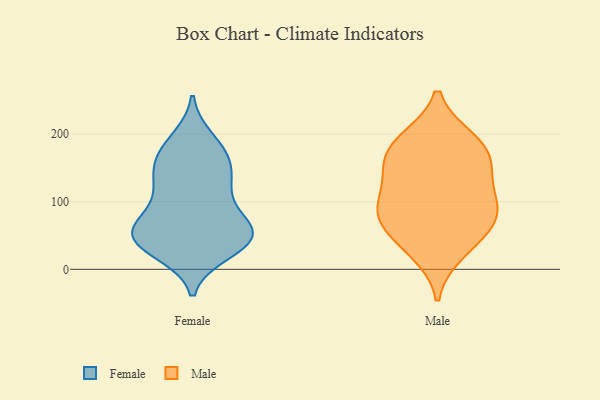
{"axis": {"x": "Satisfaction Score", "y": "Value"}, "legend": ["Female", "Male"], "data": [{"x": "", "y": 50, "type": "Female"}, {"x": "", "y": 62, "type": "Female"}, {"x": "", "y": 159, "type": "Female"}, {"x": "", "y": 27, "type": "Female"}, {"x": "", "y": 115, "type": "Female"}, {"x": "", "y": 191, "type": "Female"}, {"x": "", "y": 173, "type": "Female"}, {"x": "", "y": 47, "type": "Female"}, {"x": "", "y": 50, "type": "Female"}, {"x": "", "y": 129, "type": "Female"}, {"x": "", "y": 45, "type": "Female"}, {"x": "", "y": 174, "type": "Female"}, {"x": "", "y": 43, "type": "Female"}, {"x": "", "y": 73, "type": "Female"}, {"x": "", "y": 119, "type": "Female"}, {"x": "", "y": 69, "type": "Female"}, {"x": "", "y": 143, "type": "Female"}, {"x": "", "y": 37, "type": "Female"}, {"x": "", "y": 61, "type": "Male"}, {"x": "", "y": 181, "type": "Male"}, {"x": "", "y": 138, "type": "Male"}, {"x": "", "y": 151, "type": "Male"}, {"x": "", "y": 93, "type": "Male"}, {"x": "", "y": 25, "type": "Male"}, {"x": "", "y": 43, "type": "Male"}, {"x": "", "y": 150, "type": "Male"}, {"x": "", "y": 87, "type": "Male"}, {"x": "", "y": 88, "type": "Male"}, {"x": "", "y": 188, "type": "Male"}, {"x": "", "y": 88, "type": "Male"}, {"x": "", "y": 192, "type": "Male"}]}